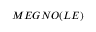
M E G N O ( L E )